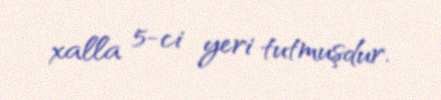
xalla 5-ci yeri tutmuşdur.